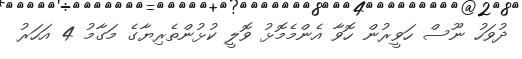
ދުވަހު ނޫސް ހަވީރުން ހޮވާ އެންމެމޮޅު ވޮލީ ކުޅުންތެރިޔާގެ މަގާމު 4 އަހަރު